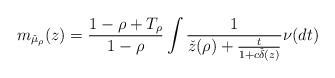
LaTeX: \begin{align*}m_{\check{\mu}_\rho}(z) &= \frac{1-\rho+T_\rho}{1-\rho} \int \frac1{\check{z}(\rho)+\frac{t}{1+c\check{\delta}(z)}}\nu(dt)\end{align*}